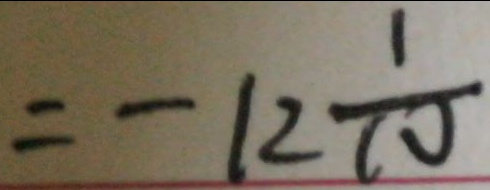
= - 1 2 \frac { 1 } { 1 0 }